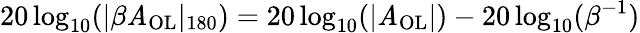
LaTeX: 20\log_{10}(|\beta\mathit{A}_{\mathrm{{OL}}}|_{180})=20\log_{10}(|\mathit{A}_{\mathrm{{OL}}}|)-20\log_{10}(\beta^{-1})